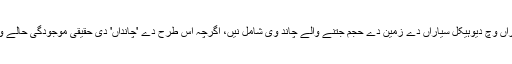
سمندراں والے سیاراں وچ دیوہیکل سیاراں دے زمین دے حجم جتنے والے چاند وی شامل نيں، اگرچہ اس طرح دے 'چانداں' دی حقیقی موجودگی حالے وی کافی قیاسی ا‏‏ے۔